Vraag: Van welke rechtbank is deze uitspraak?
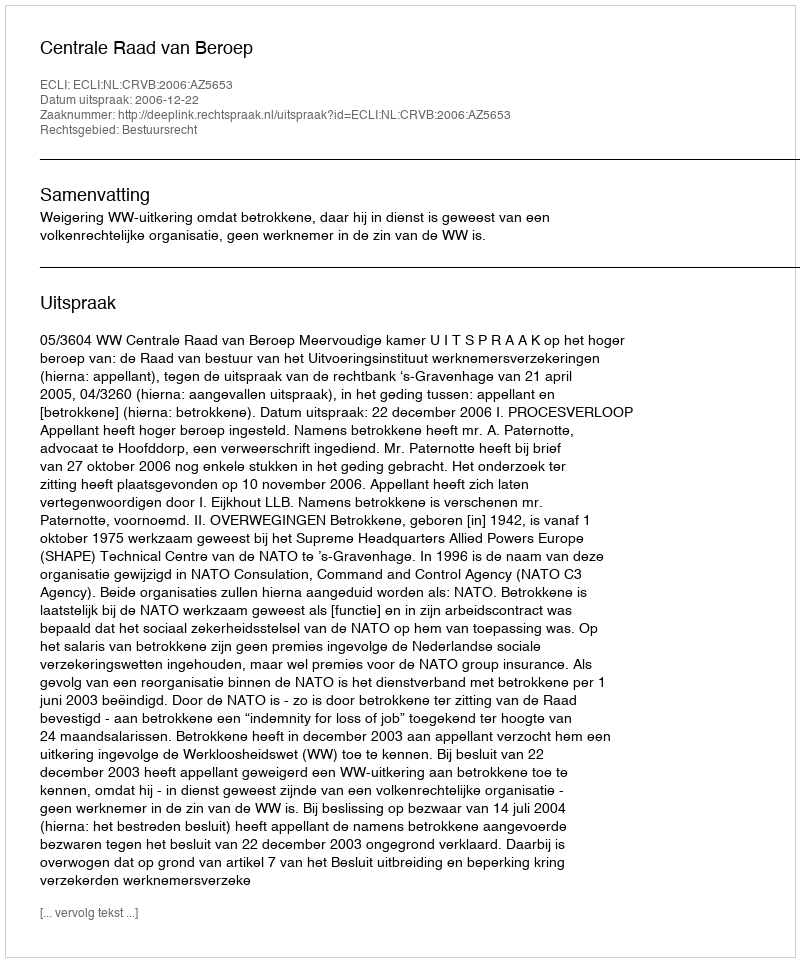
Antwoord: Centrale Raad van Beroep